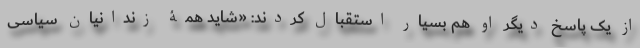
از یک پاسخ دیگر او هم بسیار استقبال کردند: «شاید همۀ زندانیان سیاسی